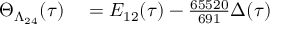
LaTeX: \begin{array} { r l } { \Theta _ { \Lambda _ { 2 4 } } ( \tau ) } & { { } = E _ { 1 2 } ( \tau ) - { \frac { 6 5 5 2 0 } { 6 9 1 } } \Delta ( \tau ) } \end{array}